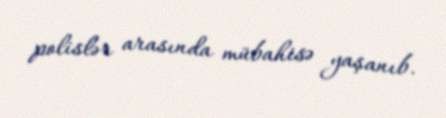
polislər arasında mübahisə yaşanıb.